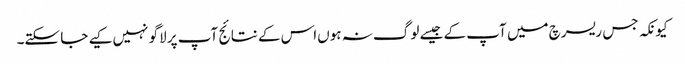
کیونکہ جس ریسرچ میں‌ آپ کے جیسے لوگ نہ ہوں‌اس کے نتائج آپ پر لاگو نہیں‌کیے جا سکتے۔